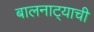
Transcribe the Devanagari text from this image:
बालनाट्याची